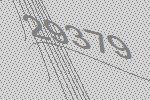
29379